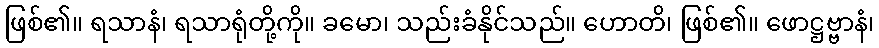
ဖြစ်၏။ ရသာနံ၊ ရသာရုံတို့ကို။ ခမော၊ သည်းခံနိုင်သည်။ ဟောတိ၊ ဖြစ်၏။ ဖောဋ္ဌဗ္ဗာနံ၊